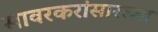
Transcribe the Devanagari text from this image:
सावरकरांसारख्या